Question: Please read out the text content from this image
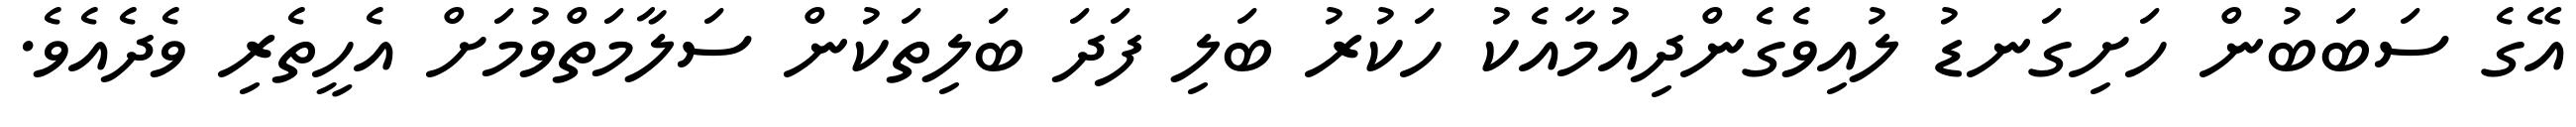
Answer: އޭގެ ސަބަބުން ހަށިގަނޑު ލުއިވެގެންދިއުމާއެކު ހަކުރު ބަލި ފަދަ ބަލިތަކުން ސަލާމަތްވުމަށް އެހީތެރި ވެދެއެވެ.